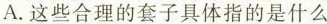
A.这些合理的套子具体指的是什么